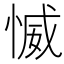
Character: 𱞪